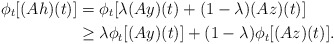
\begin{align*} \phi_t [(Ah)(t)] & = \phi_t[\lambda (Ay)(t) + (1 - \lambda) (Az)(t)] \\ & \geq \lambda \phi_t[(Ay)(t)] + (1 - \lambda)\phi_t[(Az)(t)]. \end{align*}